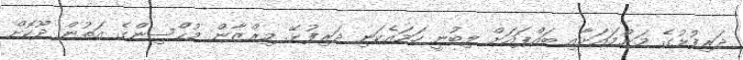
ދަރިފުޅުގެ މަންމައަށާއި ބައްޕައަށް ލިބުނީ ހަމައެކަނި ދަރިފުޅޭ. މިރްޒާން މުޙްސިންގެ އަތުން ދޫކޮށް